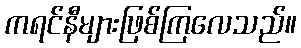
ကရင်နီများဖြစ်ကြလေသည်။